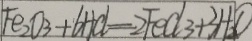
F e _ { 2 } O _ { 3 } + 6 H C l = 2 F e C l 3 + 3 H _ { 2 } O